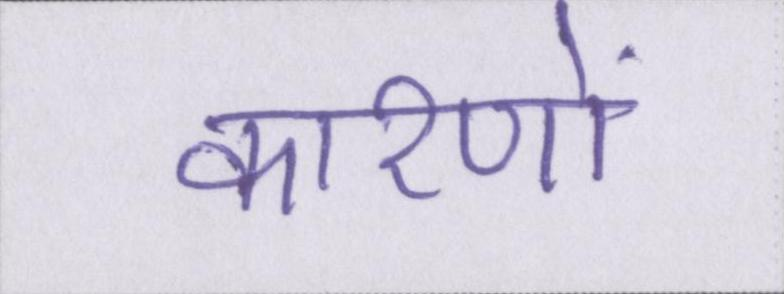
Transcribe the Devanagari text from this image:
कारणों